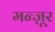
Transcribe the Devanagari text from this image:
मन्ज़ूर